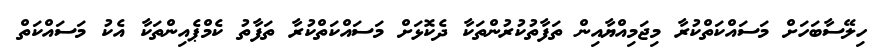
ހިލޭސާބަހަށް މަސައްކަތްކުރާ މިޖަމިއްޔާއިން ތަފާތުކުރުންތަކާ ދެކޮޅަށް މަސައްކަތްކުރާ ތަފާތު ކެމްޕެއިންތަކާ އެކު މަސައްކަތް